Lunatic asylums Bombay report 1878-1890 - 1878-1890
Year: 1878
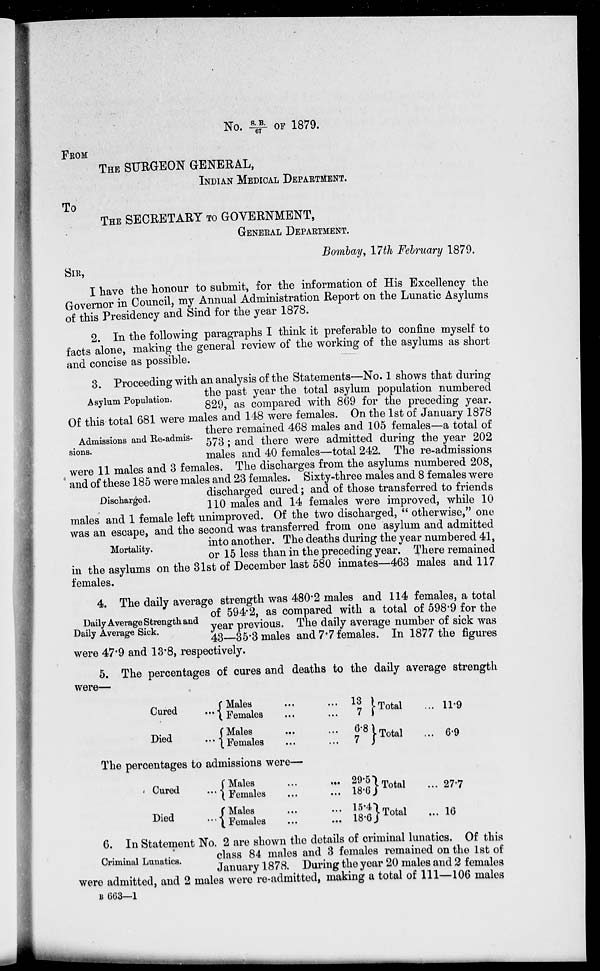
No. S.B./67 OF 1879.
FROM
THE SURGEON GENERAL,
INDIAN MEDICAL DEPARTMENT.
TO
THE SECRETARY TO GOVERNMENT,
GENERAL DEPARTMENT.
Bombay, 17th February 1879.
SIR,
I have the honour to submit, for the information of His Excellency the
Governor in Council, my Annual Administration Report on the Lunatic Asylums
of this Presidency and Sind for the year 1878.
2. In the following paragraphs I think it preferable to confine myself to
facts alone, making the general review of the working of the asylums as short
and concise as possible.
Asylum Population.
Admissions and Re-admis¬
sions.
Discharged.
Mortality.
3. Proceeding with an analysis of the Statements—No. 1 shows that during
the past year the total asylum population numbered
829, as compared with 869 for the preceding year.
Of this total 681 were males and 148 were females. On the 1st of January 1878
there remained 468 males and 105 females—a total of
573; and there were admitted during the year 202
males and 40 females—total 242. The re-admissions
were 11 males and 3 females. The discharges from the asylums numbered 208,
and of these 185 were males and 23 females. Sixty-three males and 8 females were
discharged cured; and of those transferred to friends
110 males and 14 females were improved, while 10
males and 1 female left unimproved. Of the two discharged, " otherwise," one
was an escape, and the second was transferred from one asylum and admitted
into another. The deaths during the year numbered 41,
or 15 less than in the preceding year. There remained
in the asylums on the 31st of December last 580 inmates—463 males and 117
females.
Daily Average Strength and
Daily Average Sick.
4. The daily average strength was 480.2 males and 114 females a total
of 594.2, as compared with a total of 598.9 for the
year previous. The daily average number of sick was
43—35.3 males and 7.7 females. In 1877 the figures
were 47.9 and 13.8, respectively.
5. The percentages of cures and deaths to the daily average strength
were—
Cured
...
Died
...
Males ... ...
Females ... ...
Males ... ...
Females ... ...
13
7
6.8
7
Total
...
Total
...
11.9
6.9
The percentages to admissions were—
Cured
...
Died
...
Males
...
...
Females ... ...
Males ... ...
Females ... ...
29.5
18.6
15.4
18.6
Total
...
Total
...
27.7
16
Criminal Lunatics.
6. In Statement No. 2 are shown the details of criminal lunatics. Of this
class 84 males and 3 females remained on the 1st of
January 1878. During the year 20 males and 2 females
were admitted, and 2 males were re-admitted, making a total of 111—106 males
B 663—1